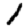
Digit: 1